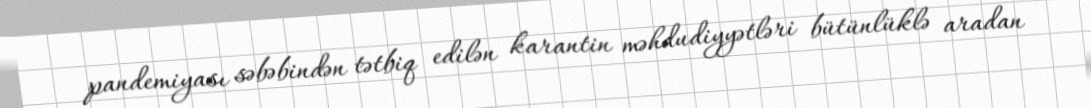
pandemiyası səbəbindən tətbiq edilən karantin məhdudiyyətləri bütünlüklə aradan